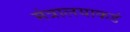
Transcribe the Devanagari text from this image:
मंत्रालयाकडं